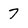
Character: 7